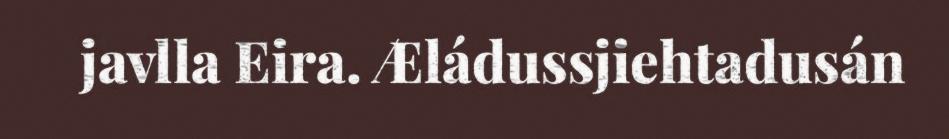
javlla Eira. Æládussjiehtadusán